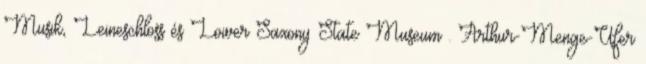
Musik, Leineschloss és Lower Saxony State Museum . Arthur-Menge-Ufer